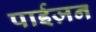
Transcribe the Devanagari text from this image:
पाईज़न